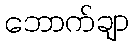
ဘောက်ချာ